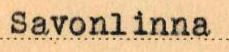
Savonlinna